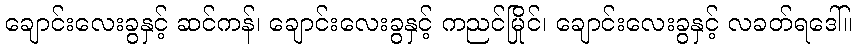
ချောင်းလေးခွနှင့် ဆင်ကန်၊ ချောင်းလေးခွနှင့် ကညင်မြိုင်၊ ချောင်းလေးခွနှင့် လခတ်ရဒေါ်။